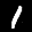
Label: 1